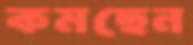
কমছেন